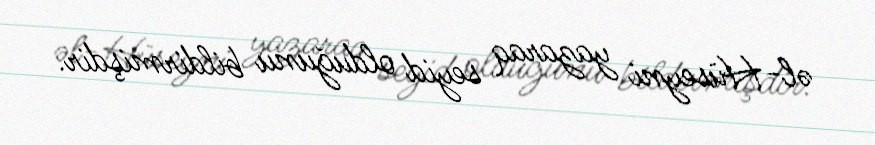
əl-Hüseyni yazaraq seyid olduğunu bildirmişdir.